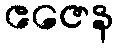
ဧဇေန